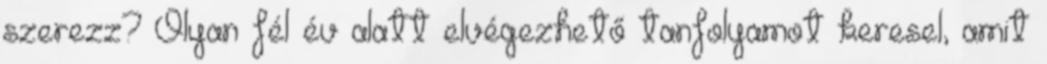
szerezz? Olyan fél év alatt elvégezhető tanfolyamot keresel, amit